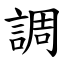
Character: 調